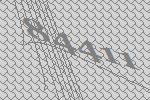
84411